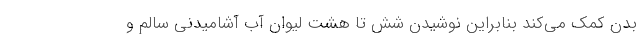
بدن کمک می‌کند بنابراین نوشیدن شش تا هشت لیوان آب آشامیدنی سالم و